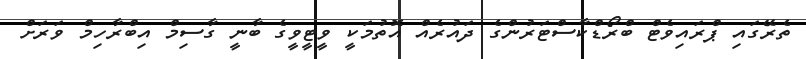
ތެރޭގައި ޕްރައިވެޓް ބްރޯޑްކާސްޓަރުންގެ ދައުރެއް އޮތުމަކީ ވީޓީވީގެ ބާނީ ގާސިމް އިބްރާހިމް ވަރަށް